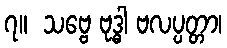
၇။  သဗ္ဗေ ဗုဒ္ဓါ ဗလပ္ပတ္တာ၊